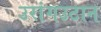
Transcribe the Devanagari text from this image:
उरांगउटान